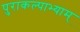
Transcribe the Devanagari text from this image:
पुराकल्पाभ्याम्